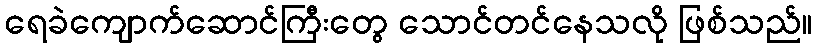
ရေခဲကျောက်ဆောင်ကြီးတွေ သောင်တင်နေသလို ဖြစ်သည်။